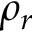
\rho _ { r }